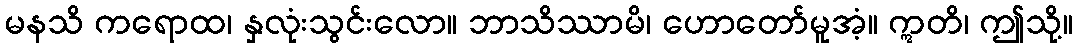
မနသိ ကရောထ၊ နှလုံးသွင်းလော။ ဘာသိဿာမိ၊ ဟောတော်မူအံ့။ ဣတိ၊ ဤသို့။